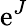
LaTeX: \mathrm{e}^{J}